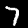
Label: 7